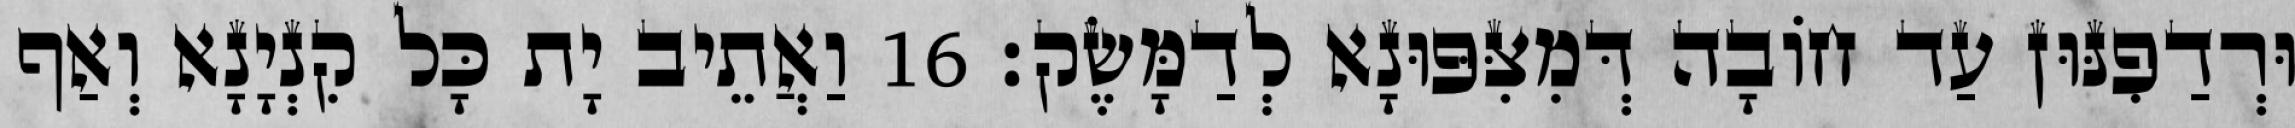
וּרְדַפִנּוּן עַד חוֹבָה דְּמִצִּפּוּנָא לְדַמָּשֶׂק׃ 16 וַאֲתֵיב יָת כָּל קִנְיָנָא וְאַף